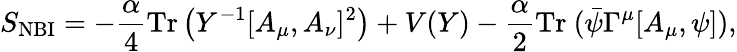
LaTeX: S_{\mathrm{NBI}}=-\frac{\alpha}{4}\mathrm{Tr}\left(Y^{-1}[A_{\mu},A_{\nu}]^{2}\right)+V(Y)-\frac{\alpha}{2}\mathrm{Tr}~(\bar{\psi}\Gamma^{\mu}[A_{\mu},\psi]),